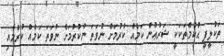
ތަކުލީފީ ޙުކުމްތަކަކީ ޝަރުޢުން ކަމެއް ކުރުމަށް ނުވަތަ ނުކުރުމަށް ނުވަތަ ކަމެއް ކުރުމާއި